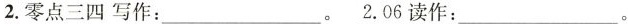
2.零点三四写作：___。2.06读作：___。